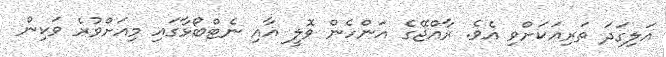
އަލިގަދަ ތަރިއަކަށްވި އެވެ. ރާއްޖޭގެ އަންހެން ވޮލީ އާއި ނެޓްބޯޅާގައި މިއަށްވުރެ ވަކިން